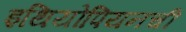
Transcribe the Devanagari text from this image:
इथियोपियनची